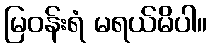
မြဝန်းရံ မရယ်မိပါ။